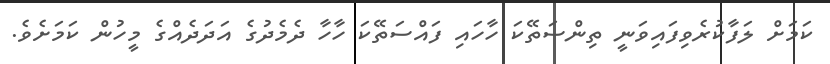
ކަމަށް ލަފާކުރެވިފައިވަނީ ތިންސަތޭކަ ހާހައި ފައްސަތޭކަ ހާހާ ދެމެދުގެ އަދަދެއްގެ މީހުން ކަމަށެވެ.